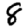
Digit: 8